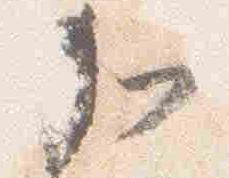
加